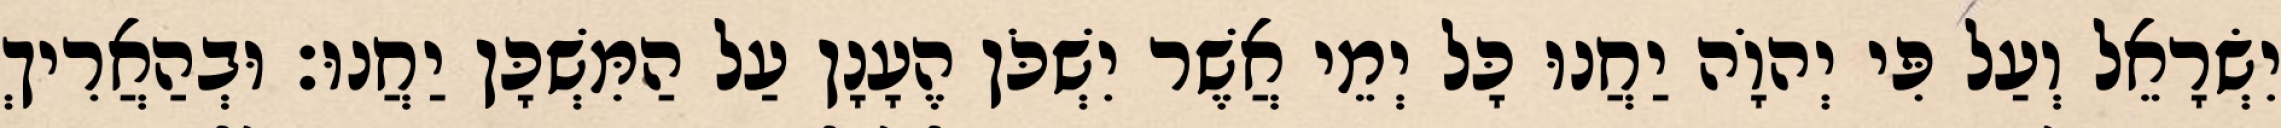
יִשְׂרָאֵל וְעַל פִּי יְהוָֹה יַחֲנוּ כָּל יְמֵי אֲשֶׁר יִשְׁכֹּן הֶעָנָן עַל הַמִּשְׁכָּן יַחֲנוּ׃ וּבְהַאֲרִיךְ